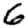
Digit: 6